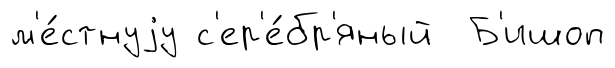
м'е́стнуjу с'ер'е́бр'яный Б'ишоп